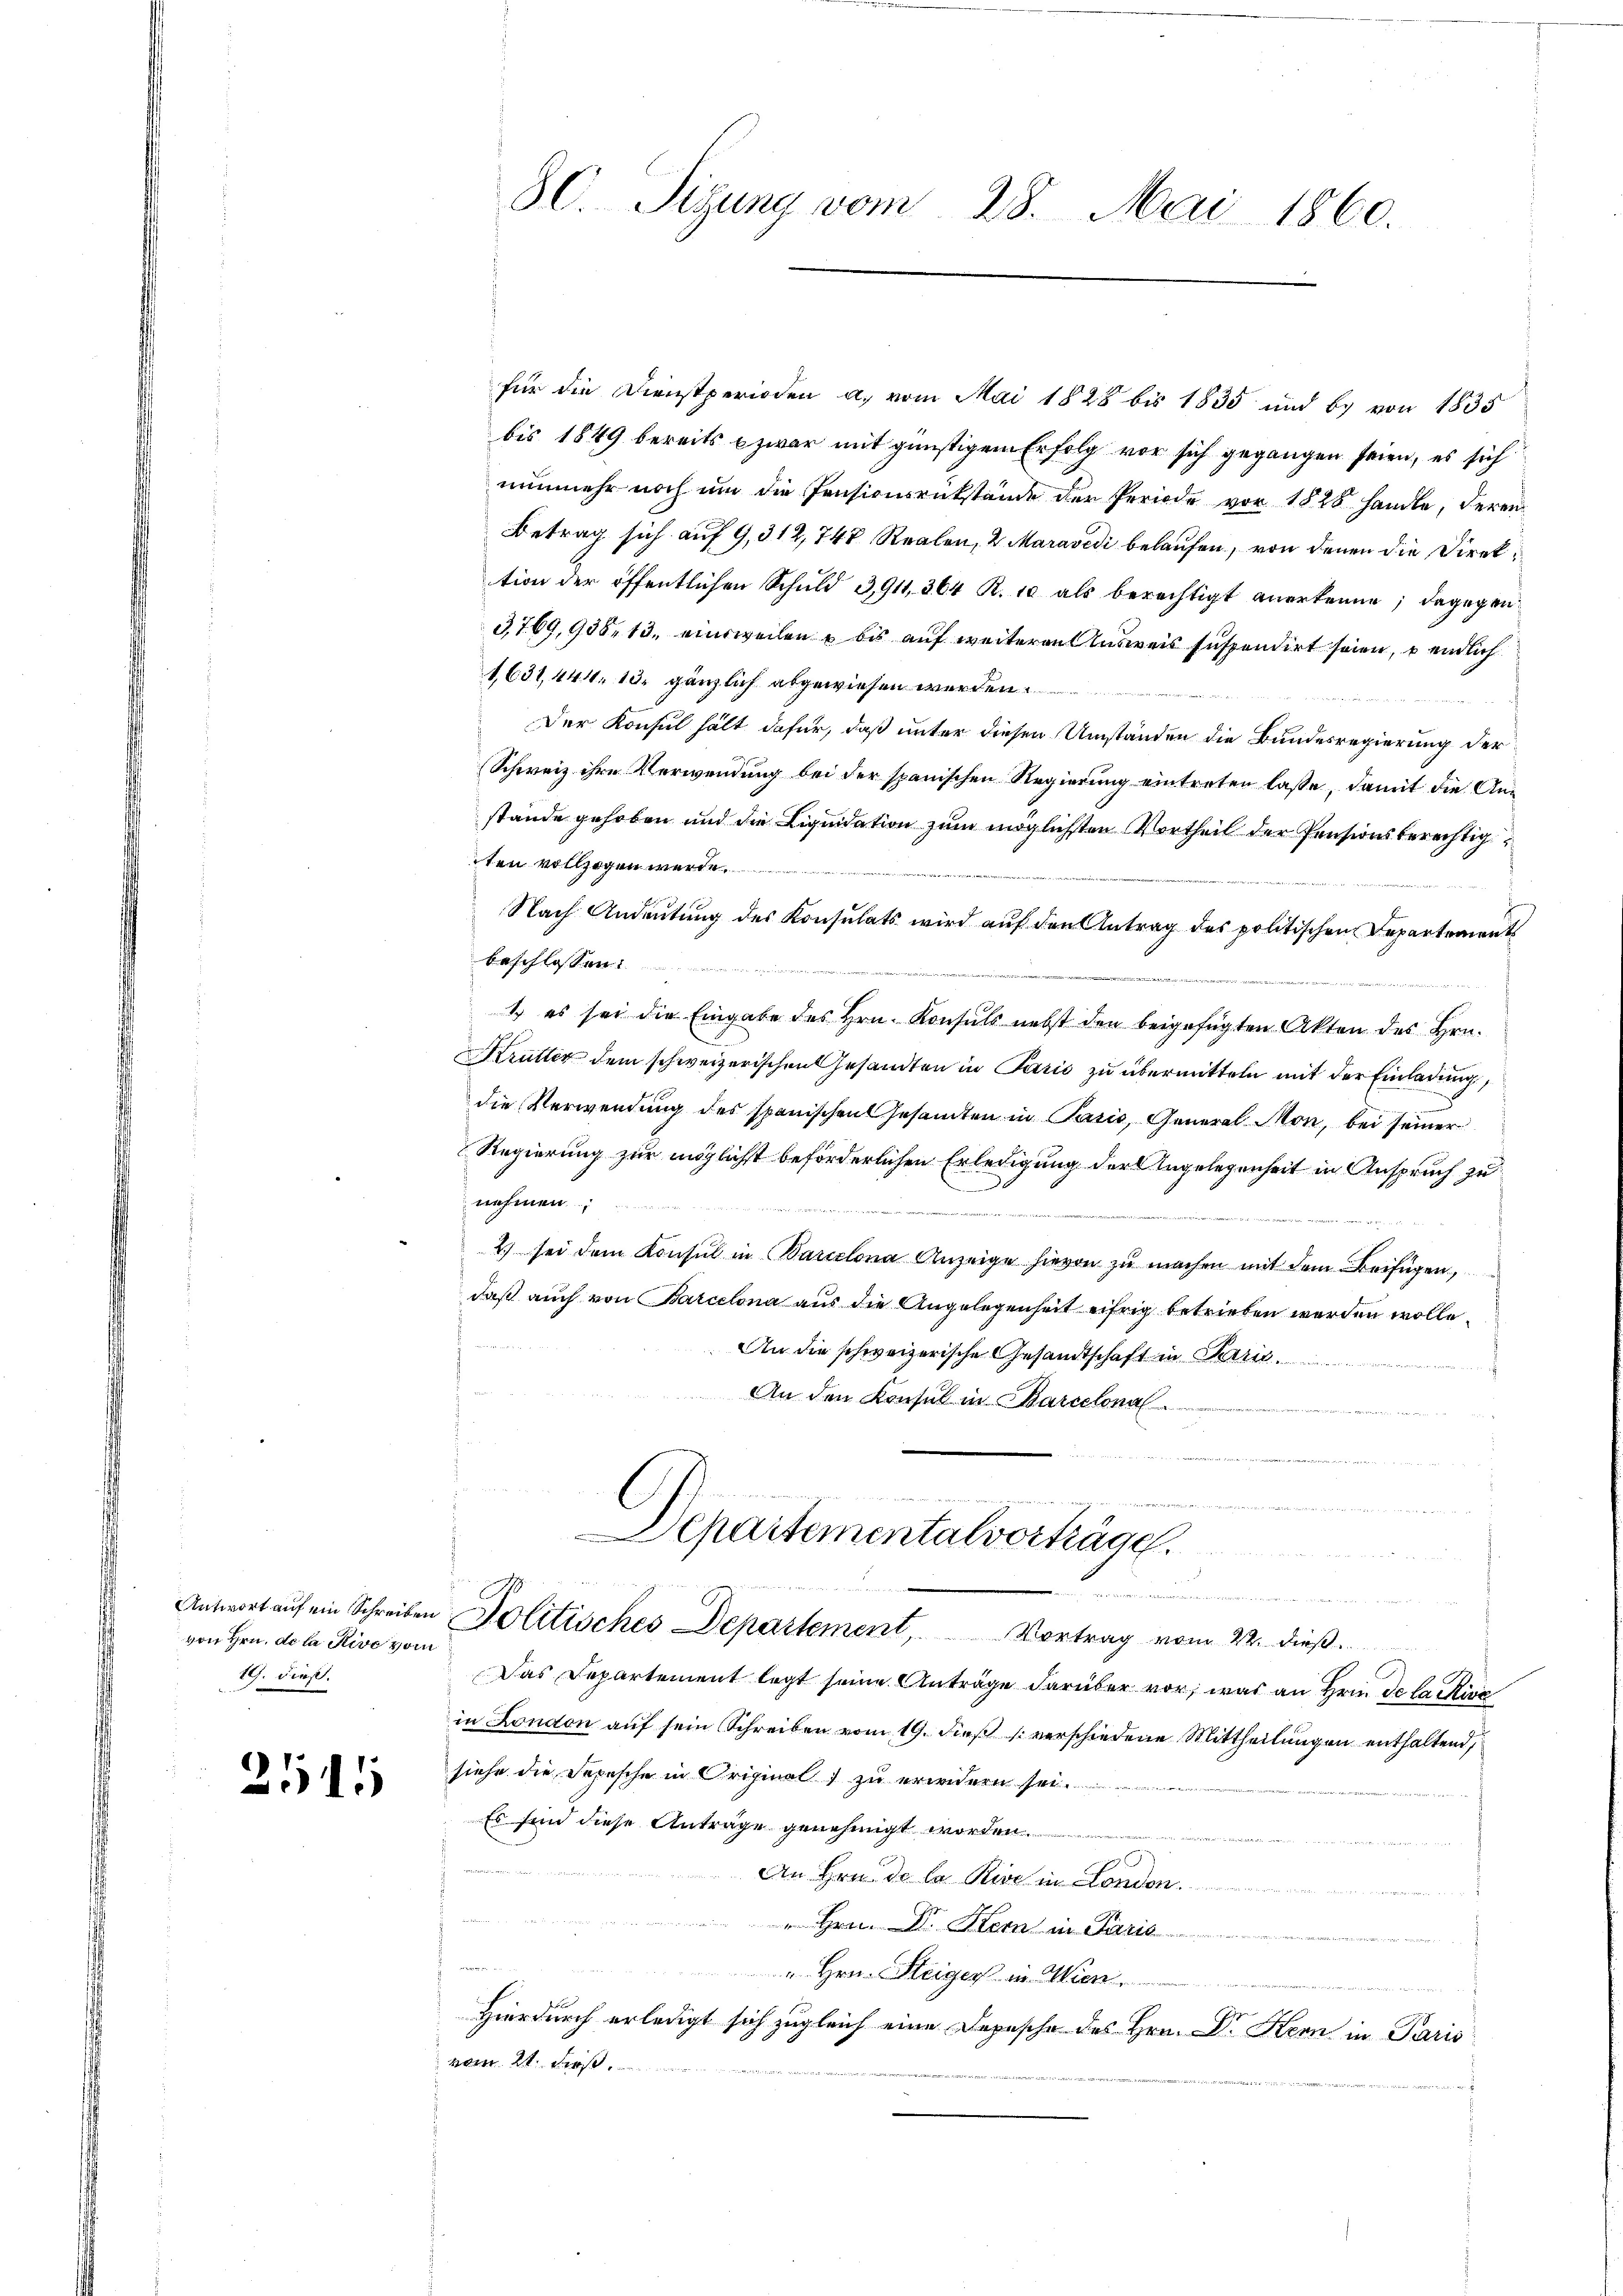
Antwort auf ein Schreiben
von Hrn. De la Rive vom
19. dieß.

2141

80. Sizung vom 28. Mai 1860.

für die Dienstperioden a. vom Mai 1828 bis 1835 und b. von 1835
bis 1849 bereits zwar mit günstigem Erfolg vor sich gegangen seien, es sich
nŭnmehr noch um die Pensionsrükstände der Periode vor 1828 handle, deren
Betrag sich auf 9,312, 748 Realen, 2. Maravedi belaufen, von denen die Direktion der öffentlichen Schuld 3,911, 364 R. 10 als berechtigt anerkenne; dagegen
3,769, 938. 13. einsweilen u bis auf weiteren Ausweis suspendirt seien, & endlich
1631, 444. 13. gänzlich abgewiesen werden.
Der Konsul hält dafür, daß unter diesen Umständen die Bundesregierung der
Schweiz ihre Verwendung bei der spanischen Regierung eintreten lasse, damit die Anstande gehoben und die Liquidation zum möglichsten Vortheil der Pensionsberechtig
ten vollzogen werde.
u
Nach Andeutung des Konsulats wird auf den Antrag des politischen Departement
beschlossen:
s es sei die Eingabe des Hrn. Konsuls nebst den beigefügten Akten des Hrn.
Krütter dem schweizerischen Gesandten in Paris zu übermitteln mit der Einladung,
die Verwendung des spanischen Gesamten in Pasis, General-Mon, bei seiner
Regierung zur möglichst beförderlichen Erledigung der Angelegenheit in Anspruch zu
nehmen;
n
2.) sei dem Konsul in Barcelona Anzeige hievon zu machen mit dem Beifügen,
daß auch von Barcelona aus die Angelegenheit eifrig betrieben werden wolle.
An die schweizerische Gesandtschaft in Paris
An den Konsul in Barcelonal
.
dietariage die er so stellt hattet werden an den erten habe ich die Schang gehalt seine
Departementalverkäge.
un
Politisches Departement, Vortrag vom 22. dieß.
Das Departement legt seine Anträge darüber vor, was an Hrn. Delackire
in London auf sein Schreiben vom 19. dieß verschiedene Mittheilungen enthaltend,
siehe die Depesche in Original zu erwidern sei
Es sind diese Anträge genehmigt worden.
r
An Hrn. De la Rive in London.
e
Dr. Stern in Fr..............................
2
" Hrn. Steiger in Wien
 mit ein Miter u. den
Hierdurch erledigt sich zugleich eine Depesche des Hrn. Dr. Kern in Paris
vom 21. Ders
a